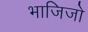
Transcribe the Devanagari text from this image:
भाजिजो